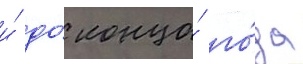
и́ до́ конца́ го́да